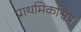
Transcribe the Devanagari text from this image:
प्राथमिकश्वित्र